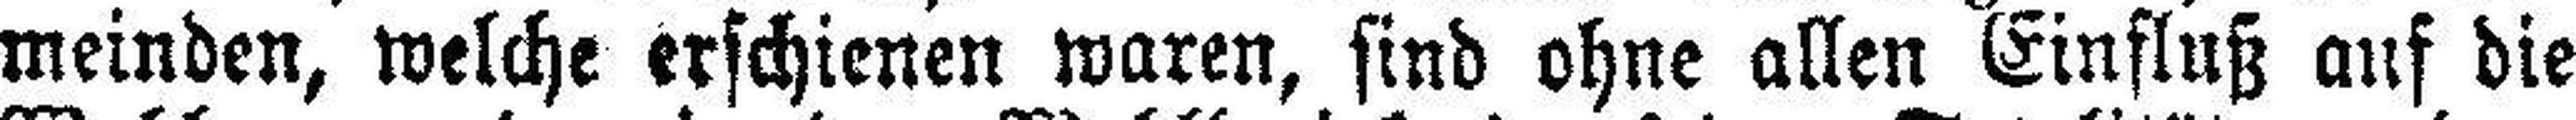
meinden, welche erschienen waren, sind ohne allen Einfluß auf die